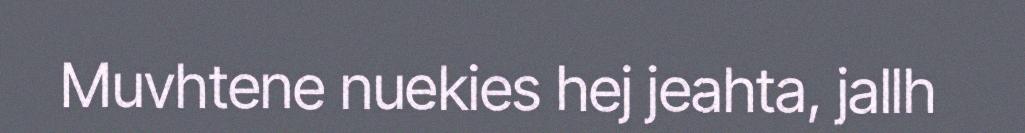
Muvhtene nuekies hej jeahta, jallh